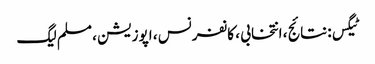
ٹیگس: نتائج ، انتخابی ، کانفرنس ، اپوزیشن ، مسلم لیگ